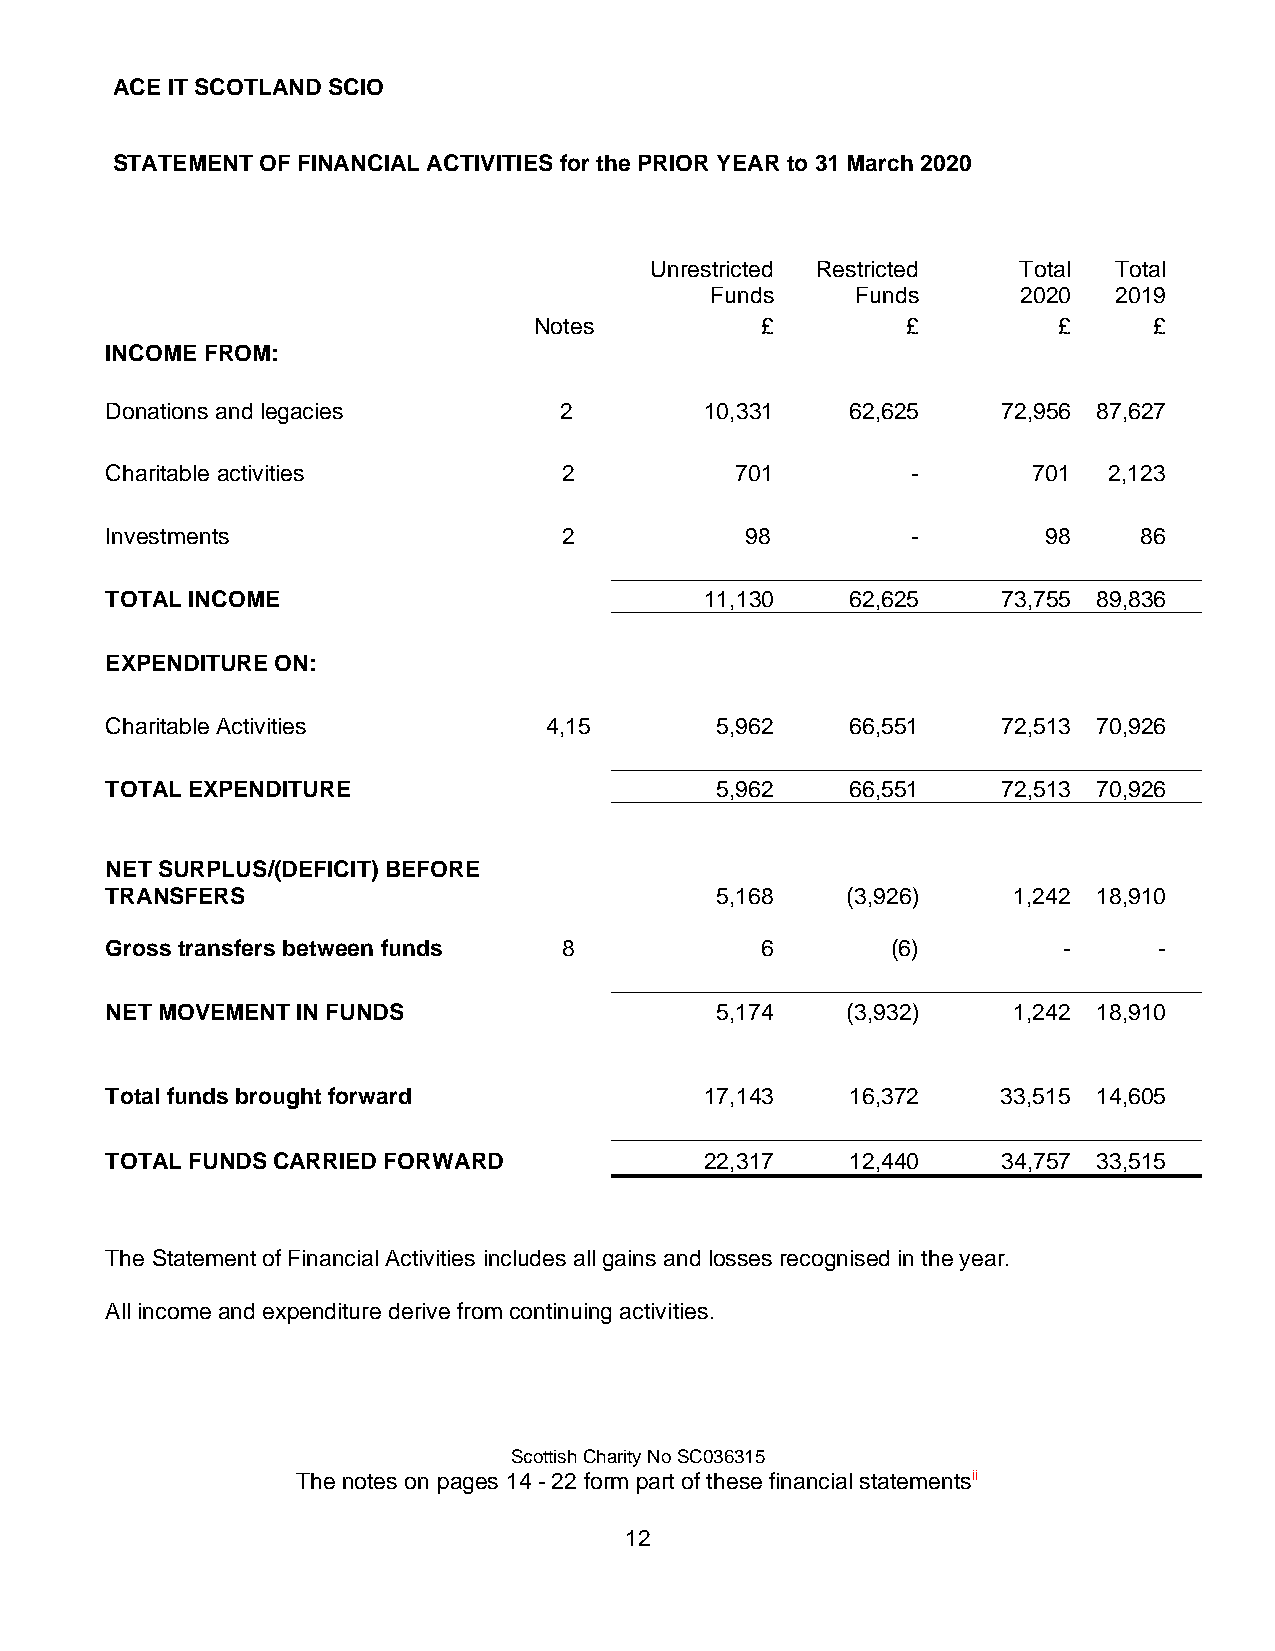
ACE IT SCOTLAND SCIO
 STATEMENT OF FINANCIAL ACTIVITIES for the PRIOR YEAR to 31 March 2020
 Unrestricted Restricted Total  T o t al
 Funds     Funds      2020  2019
 Notes          £         £         £     £
 INCOME FROM:
 Donations and legacies        2         10,331   62,625    72,956 87,627
 Charitable activities         2           701        -       701  2,123
 Investments                   2           98         -        98     86
 TOTAL INCOME                            11,130   62,625    73,755 89,836
 EXPENDITURE ON:
 Charitable Activities        4,15       5,962    66,551    72,513 70,926
 TOTAL EXPENDITURE                       5,962    66,551    72,513 70,926
 NET SURPLUS/(DEFICIT) BEFORE
 TRANSFERS                               5,168    (3,926)    1,242 18,910
 Gross transfers between funds 8            6        (6)        -      -
 NET MOVEMENT IN FUNDS                   5,174    (3,932)    1,242 18,910
 Total funds brought forward             17,143   16,372    33,515 14,605
 TOTAL FUNDS CARRIED FORWARD             22,317   12,440    34,757 33,515
 The Statement of Financial Activities includes all gains and losses recognised in the year.
 All income and expenditure derive from continuing activities.
 Scottish Charity No SC036315
 The notes on pages 14 - 22 form part of these financial statementsii
 12